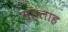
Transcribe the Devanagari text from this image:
मुल्‍लाह